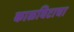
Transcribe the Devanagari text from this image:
काळविटाचा